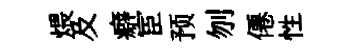
煨及癖宦预刎僊性